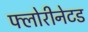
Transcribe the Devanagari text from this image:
फ्लोरीनेटड